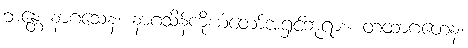
ဘန္တေ နာဂသေန၊ နာဂသိန်ကိုယ်တော်အရှင်ဘုရား။ တထာဂတေန၊